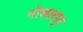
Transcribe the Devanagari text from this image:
गोशलपुर